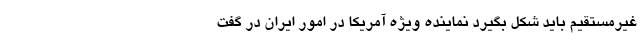
غیرمستقیم باید شکل بگیرد نماینده ویژه آمریکا در امور ایران در گفت